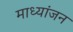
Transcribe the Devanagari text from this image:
माध्यांजन